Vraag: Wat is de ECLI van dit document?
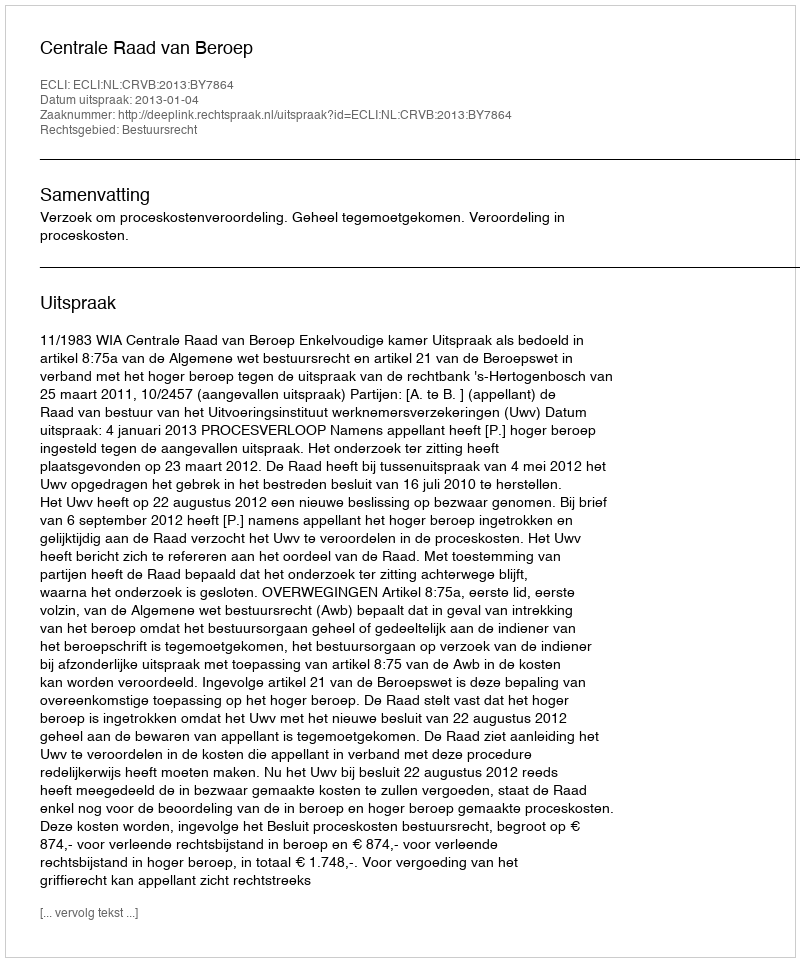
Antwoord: ECLI:NL:CRVB:2013:BY7864